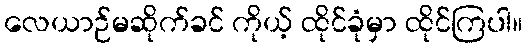
လေယာဉ်မဆိုက်ခင် ကိုယ့် ထိုင်ခုံမှာ ထိုင်ကြပါ။